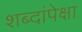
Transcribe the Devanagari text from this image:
शब्दांपेक्षा